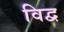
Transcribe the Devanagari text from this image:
विद्व